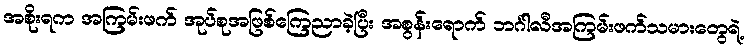
အစိုးရက အကြမ်းဖက် အုပ်စုအဖြစ်ကြေညာခဲ့ပြီး အစွန်းရောက် ဘင်္ဂါလီအကြမ်းဖက်သမားတွေရဲ့